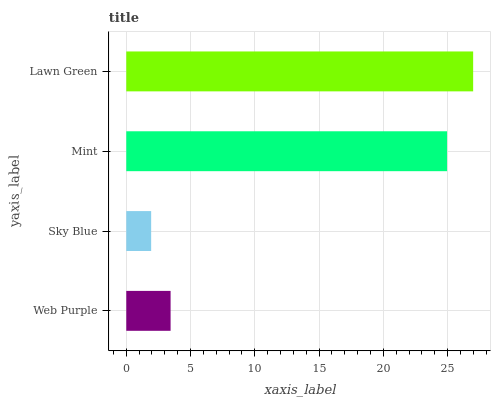
| yaxis_label | bars |
 | --- | --- |
 | Web Purple | 3.45 |
 | Sky Blue | 1.94 |
 | Mint | 25 |
 | Lawn Green | 27 |